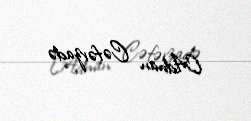
Adnan Cəfərzadə